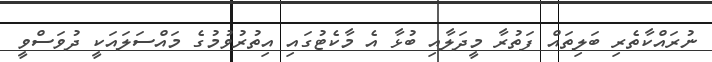
ނުރައްކާތެރި ބަލިތައް ފަތުރާ މީދަލާއި ބުޅާ އެ މާކެޓުގައި އިތުރުވުމުގެ މައްސަލައަކީ ދުވަސްވީ